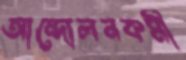
আন্দোলনকর্মী